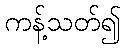
ကန့်သတ်၍